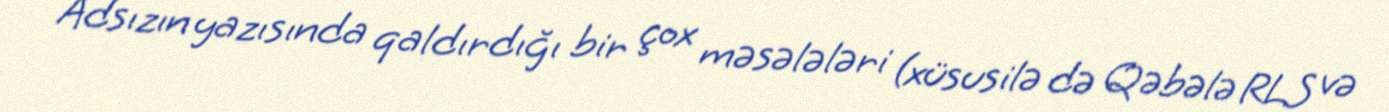
Adsızın yazısında qaldırdığı bir çox məsələləri (xüsusilə də Qəbələ RLS və